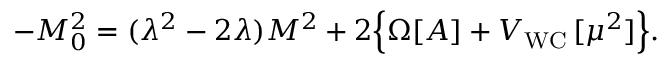
- M _ { 0 } ^ { 2 } = ( \lambda ^ { 2 } - 2 \lambda ) M ^ { 2 } + 2 \Bigl \{ \Omega [ A ] + V _ { \mathrm { W C } } \, [ \mu ^ { 2 } ] \Bigr \} .